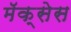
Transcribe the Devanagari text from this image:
मॅक्सेस